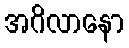
အဂိလာနော